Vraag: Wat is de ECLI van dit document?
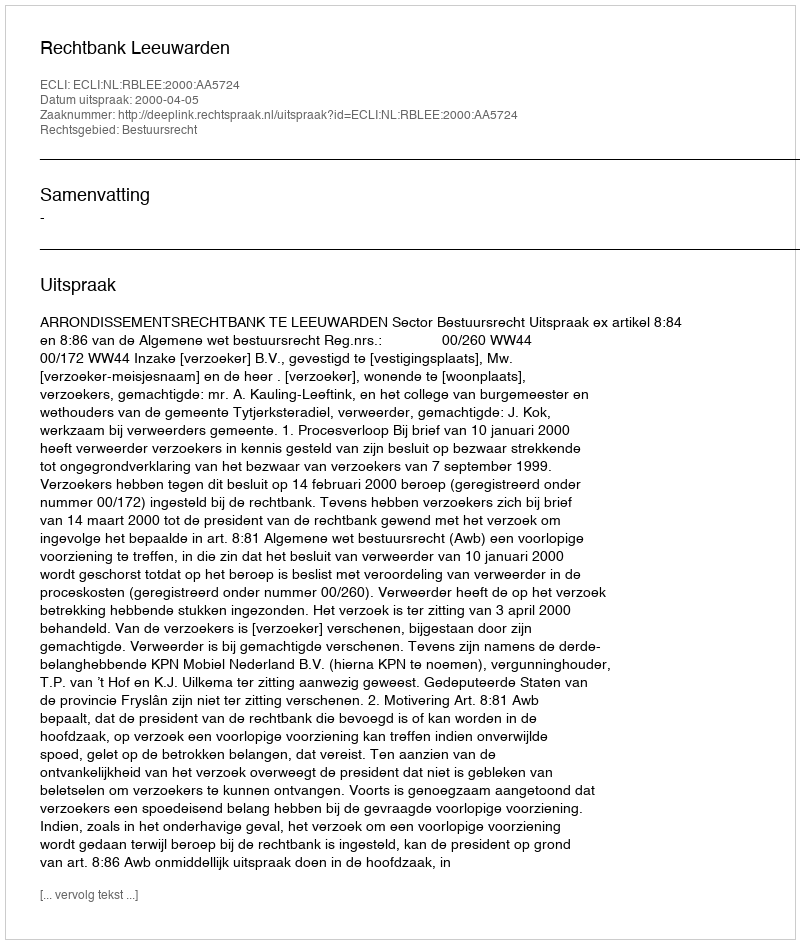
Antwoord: ECLI:NL:RBLEE:2000:AA5724